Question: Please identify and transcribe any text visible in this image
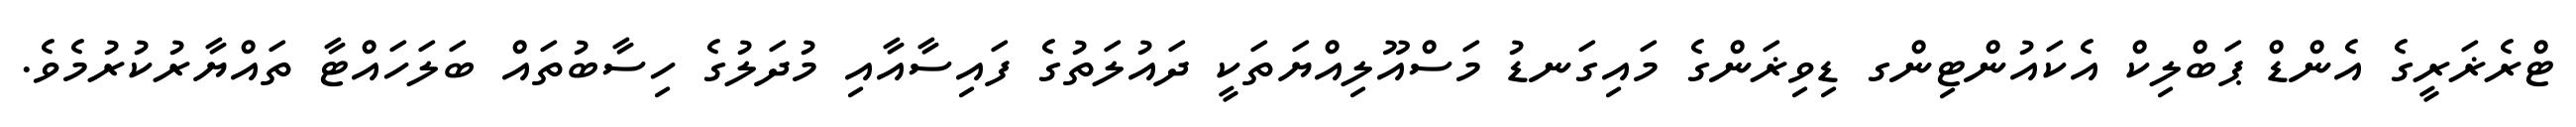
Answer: ޓްރެޜަރީގެ އެންޑް ޕަބްލިކް އެކައުންޓިންގ ޑިވިޜަންގެ މައިގަނޑު މަސްއޫލިއްޔަތަކީ ދައުލަތުގެ ފައިސާއާއި މުދަލުގެ ހިސާބުތައް ބަލަހައްޓާ ތައްޔާރުކުރުމެވެ.